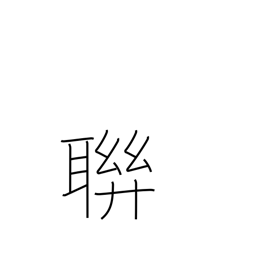
Meaning: clique